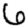
Digit: 6